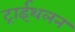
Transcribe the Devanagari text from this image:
ट्राईथलन